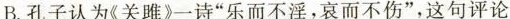
B.孔子认为《关雎》一诗“乐而不淫,哀而不伤”,这句评论